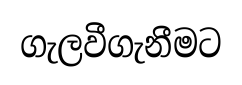
ගැලවීගැනීමට